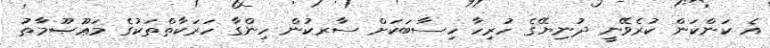
އެ ކަންކަން ކުރެވޭނީ ދުނިޔޭގެ ހުރިހާ ހިސާބަކަށް ސާރކުން ހިންގާ ހަރަކާތްތަކުގެ މަޢޫޞޫމާތު